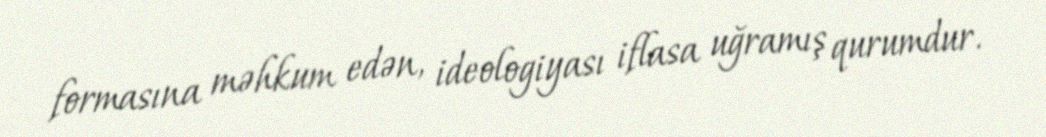
formasına məhkum edən, ideologiyası iflasa uğramış qurumdur.